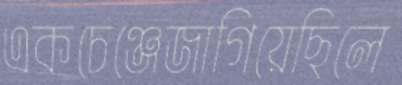
একচেঞ্জেজাগিয়েছিলে